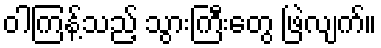
ဝါကြန့်သည့် သွားကြီးတွေ ဖြဲလျက်။